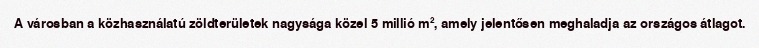
A városban a közhasználatú zöldterületek nagysága közel 5 millió m², amely jelentősen meghaladja az országos átlagot.